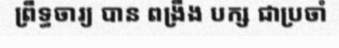
ព្រឹទ្ធចារ្យ បាន ពង្រឹង បក្ស ជាប្រចាំ